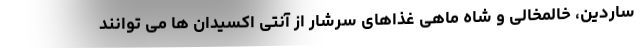
ساردین، خالمخالی و شاه ماهی غذاهای سرشار از آنتی اکسیدان ها می توانند